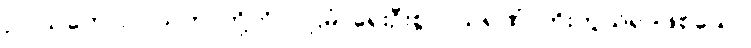
ဥပါသကေ၊ ဥပါသကာတို့ကို။ ပဌမံ၊ ရှေးဦးစွာ။ သရဏံ၊ ကိုးကွယ်ရာဖြစ်သော